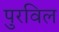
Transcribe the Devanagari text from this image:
पुरविल